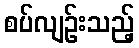
စပ်လျဉ်းသည့်